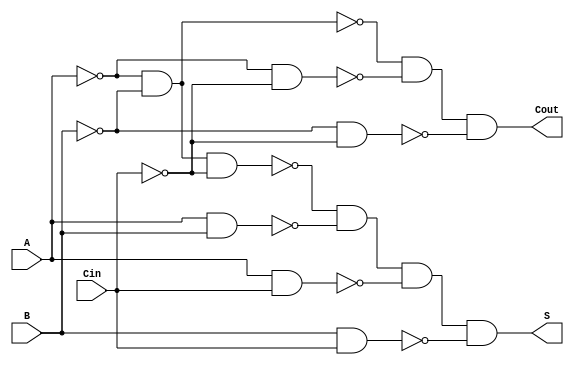
module Negative_Circuit_Full_Adder (
    input wire A,      // First binary input
    input wire B,      // Second binary input
    input wire Cin,    // Carry input
    output wire S,     // Sum output
    output wire Cout   // Carry output
);

// Intermediate signals for negative logic
wire A_n = ~A;       // Inverted A
wire B_n = ~B;       // Inverted B
wire Cin_n = ~Cin;   // Inverted Cin

// Calculate sum output S using XOR in negative logic
assign S = ~(A_n & B_n & Cin_n) & ~(A & B) & ~(A & Cin) & ~(B & Cin);

// Calculate carry output Cout using AND and OR in negative logic
assign Cout = ~(A_n & B_n) & ~(A_n & Cin_n) & ~(B_n & Cin_n);

endmodule